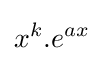
x^{k}.e^{ax}\!